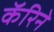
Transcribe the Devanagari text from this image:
कॅरिने